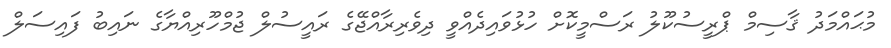
މުޙައްމަދު ޤާސިމް ޕްރީސުކޫލު ރަސްމީކޮށް ހުޅުވައިދެއްވީ ދިވެރިރާއްޖޭގެ ރައީސުލް ޖުމްހޫރިއްޔާގެ ނައިބު ފައިސަލް